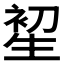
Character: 𤯦